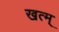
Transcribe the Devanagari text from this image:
खत्म्